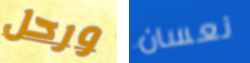
ورحل نعسان